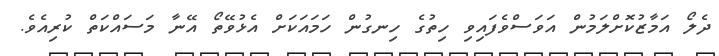
ދެލޯ އަމާޒުކޮށްލަމުން އަވަސްވެފައިވި ހިތުގެ ހިނގުން ހަމައަކަށް އެޅުވޭތޯ އޭނާ މަސައްކަތް ކުރިއެވެ.